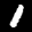
Label: 1